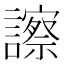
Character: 𧭂